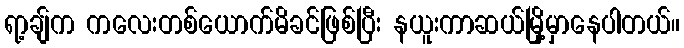
ရာ့ချ်က ကလေးတစ်ယောက်မိခင်ဖြစ်ပြီး နယူးကာဆယ်မြို့မှာနေပါတယ်။